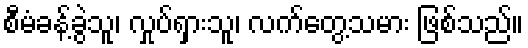
စီမံခန့်ခွဲသူ၊ လှုပ်ရှားသူ၊ လက်တွေ့သမား ဖြစ်သည်။